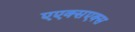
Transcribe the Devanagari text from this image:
एएक्सएक्स